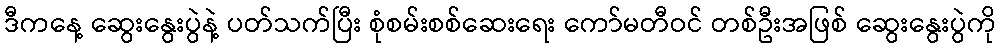
ဒီကနေ့ ဆွေးနွေးပွဲနဲ့ ပတ်သက်ပြီး စုံစမ်းစစ်ဆေးရေး ကော်မတီဝင် တစ်ဦးအဖြစ် ဆွေးနွေးပွဲကို